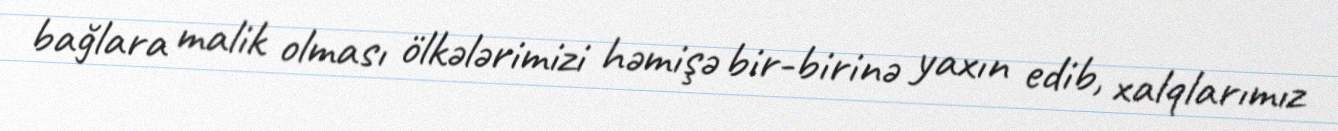
bağlara malik olması ölkələrimizi həmişə bir-birinə yaxın edib, xalqlarımız